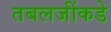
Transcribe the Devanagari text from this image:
तबलजींकडे